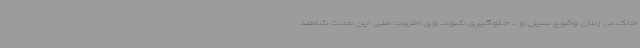
خاک در زمان وقوع سیل و ... جلوگیری شود. وی افزود: طی این مدت شاهد